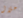
خلال